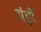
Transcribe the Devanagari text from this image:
पंड़ों